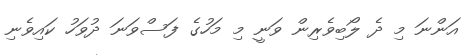
އަންނަ މި ދެ ލޯބިވެރިން ވަނީ މި މަހުގެ ފަސްވަނަ ދުވަހު ކައިވެނި